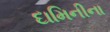
દામિનીના